Report on the working of the Ranchi Indian Mental Hospital, Kanke, in Bihar and Orissa - 1930-1940
Year: 1930
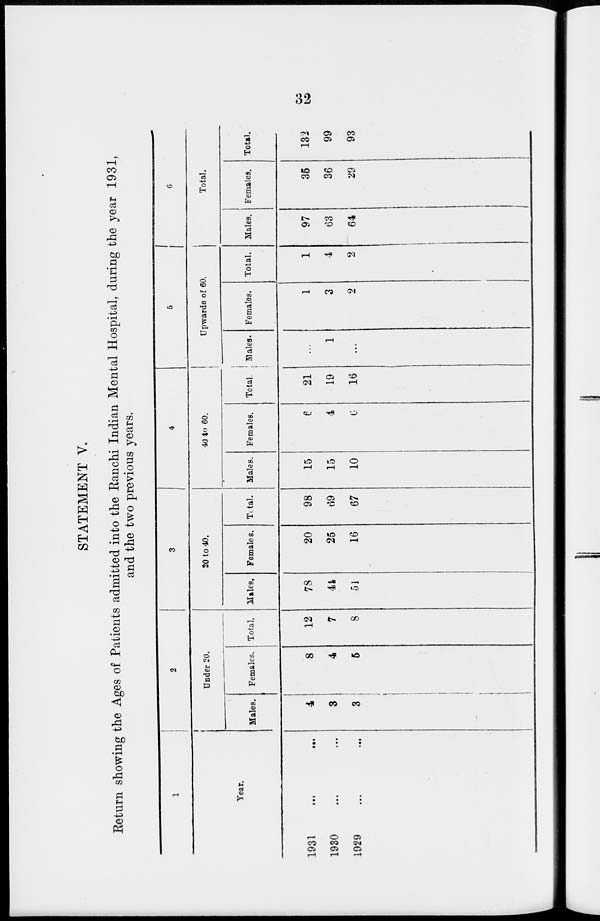
32
STATEMENT V.
Return showing the Ages of Patients admitted into the Ranchi Indian Mental Hospital, during the year 1931,
and the two previous years.
1
Year.
1931
...
...
1930 ... ...
1929 ... ...
2
Under 20.
Males.
4
3
3
Females.
8
4
5
Total.
12
7
8
3
20 to 40.
Males.
78
41
51
Females.
20
25
16
Total.
98
69
67
4
40 to 60.
Males.
15
15
10
Females.
6
4
6
Total.
21
19
16
5
Upwards of 60.
Males.
...
1
...
Females.
1
3
2
Total.
1
4
2
6
Total.
Males.
97
63
64
Females.
35
36
29
Total.
132
99
93